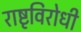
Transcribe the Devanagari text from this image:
राष्टृविरोधी